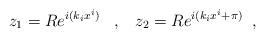
LaTeX: \begin{align*} z_{1}=Re^{i(k_{i}x^{i})} \;\;\;,\;\;\; z_{2}=Re^{i(k_{i}x^{i}+\pi)} \;\;,\end{align*}